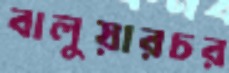
বালুয়ারচর